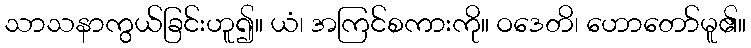
သာသနာကွယ်ခြင်းဟူ၍။ ယံ၊ အကြင်စကားကို။ ဝဒေတိ၊ ဟောတော်မူ၏။